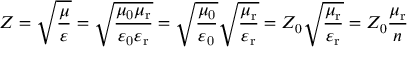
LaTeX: Z = { \sqrt { \frac { \mu } { \varepsilon } } } = { \sqrt { \frac { \mu _ { \mathrm { 0 } } \mu _ { \mathrm { r } } } { \varepsilon _ { \mathrm { 0 } } \varepsilon _ { \mathrm { r } } } } } = { \sqrt { \frac { \mu _ { \mathrm { 0 } } } { \varepsilon _ { \mathrm { 0 } } } } } { \sqrt { \frac { \mu _ { \mathrm { r } } } { \varepsilon _ { \mathrm { r } } } } } = Z _ { 0 } { \sqrt { \frac { \mu _ { \mathrm { r } } } { \varepsilon _ { \mathrm { r } } } } } = Z _ { 0 } { \frac { \mu _ { \mathrm { r } } } { n } }